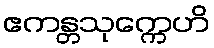
ဧကန္တသုက္ကေဟိ